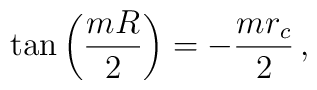
\tan\left(\frac{mR}{2} \right) = - \frac{m r_c}{2}\,,